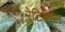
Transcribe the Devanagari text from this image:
रेटिकल